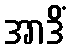
အာဒိံ